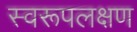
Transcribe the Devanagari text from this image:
स्वरूपलक्षण